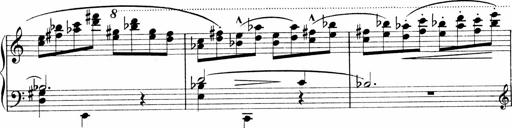
Title: Sonatina No.1
Composer: Otto Stoll
Key: C major